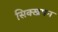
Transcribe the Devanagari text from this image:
सिक्खपन